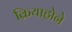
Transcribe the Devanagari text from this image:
क्रियाहोने